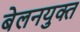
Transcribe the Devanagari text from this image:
बेलनयुक्त